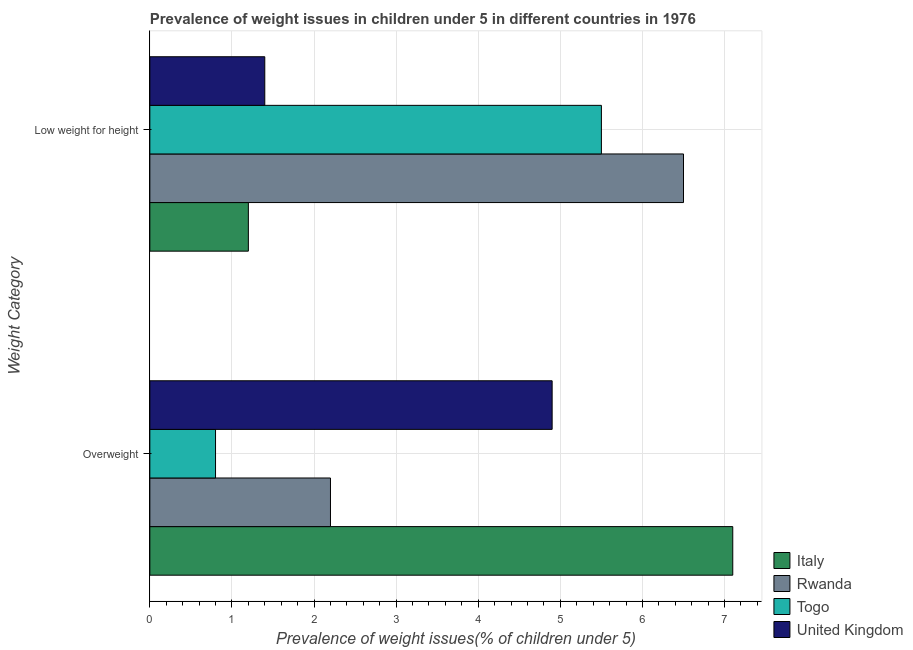
| Weight Category | Italy | Rwanda | Togo | United Kingdom |
 | --- | --- | --- | --- | --- |
 | Overweight | 7.1 | 2.2 | 0.8 | 4.9 |
 | Low weight for height | 1.2 | 6.5 | 5.5 | 1.4 |